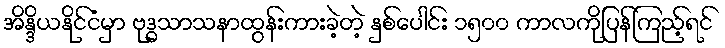
အိန္ဒိယနိုင်ငံမှာ ဗုဒ္ဓသာသနာထွန်းကားခဲ့တဲ့ နှစ်ပေါင်း ၁၅၀၀ ကာလကိုပြန်ကြည့်ရင်